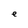
Character: e